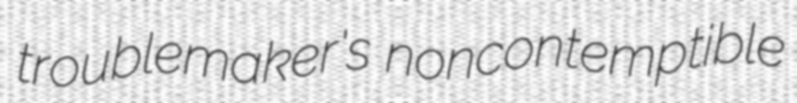
troublemaker's noncontemptible